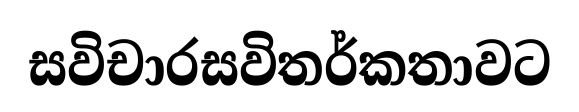
සවිචාරසවිතර්කතාවට